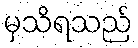
မှသိရသည်